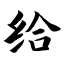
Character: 给